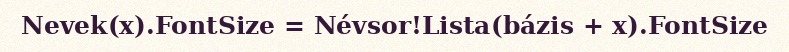
Nevek(x).FontSize = Névsor!Lista(bázis + x).FontSize